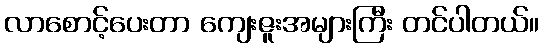
လာစောင့်ပေးတာ ကျေးဇူးအများကြီး တင်ပါတယ်။